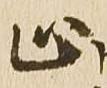
止